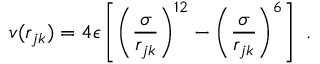
v ( r _ { j k } ) = 4 \epsilon \left[ \left( \frac { \sigma } { r _ { j k } } \right) ^ { 1 2 } - \left( \frac { \sigma } { r _ { j k } } \right) ^ { 6 } \right] ~ .